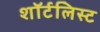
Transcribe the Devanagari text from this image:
शॉर्टलिस्ट